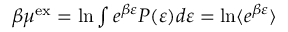
\begin{array} { r } { \beta \mu ^ { \mathrm { { e x } } } = \ln \int e ^ { \beta \varepsilon } P ( \varepsilon ) d \varepsilon = \ln \langle e ^ { \beta \varepsilon } \rangle } \end{array}